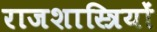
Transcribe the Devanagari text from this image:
राजशास्त्रियों